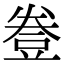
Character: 𧯦